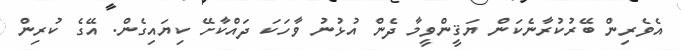
އެވެރިން ބޭރުކުރާނެކަން ޔަޤީންވީމާ ދެން އުޅުނު ވާހަކަ ދައްކާށޭ ކިޔައިގެން. އޭގެ ކުރިން